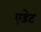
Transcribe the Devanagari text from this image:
एडेट